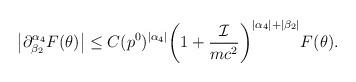
LaTeX: \begin{align*}\left| \partial^{\alpha_4}_{\beta_2} F(\theta)\right| \le C(p^0)^{|\alpha_4|} \biggl(1+\frac{\mathcal{I}}{mc^2} \biggl)^{|\alpha_4|+|\beta_2|} F(\theta).\end{align*}